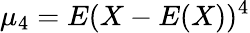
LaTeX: \mu_{4}=E(X-E(X))^{4}